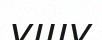
ушу